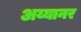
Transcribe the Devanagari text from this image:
अय्यानर